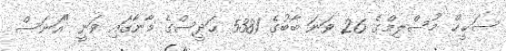
ސަޙީޙް މުސްލިމްގެ 26 ވަނަ ބާބުގެ 5381 ޙަދީސްގެ މާނާގައި ވަނީ "އަނަސް